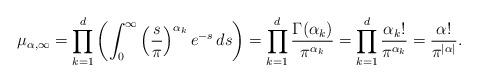
LaTeX: \begin{align*}\mu_{\alpha, \infty} = \prod_{k=1}^d \left(\int_0^\infty \left(\frac{s}{\pi}\right)^{\alpha_k} e^{-s} \, ds \right) = \prod_{k=1}^d \frac{\Gamma(\alpha_k)}{\pi^{\alpha_k}} = \prod_{k=1}^d \frac{\alpha_k!}{\pi^{\alpha_k}} = \frac{\alpha!}{\pi^{|\alpha|}}.\end{align*}